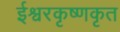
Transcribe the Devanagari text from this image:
ईश्वरकृष्णकृत